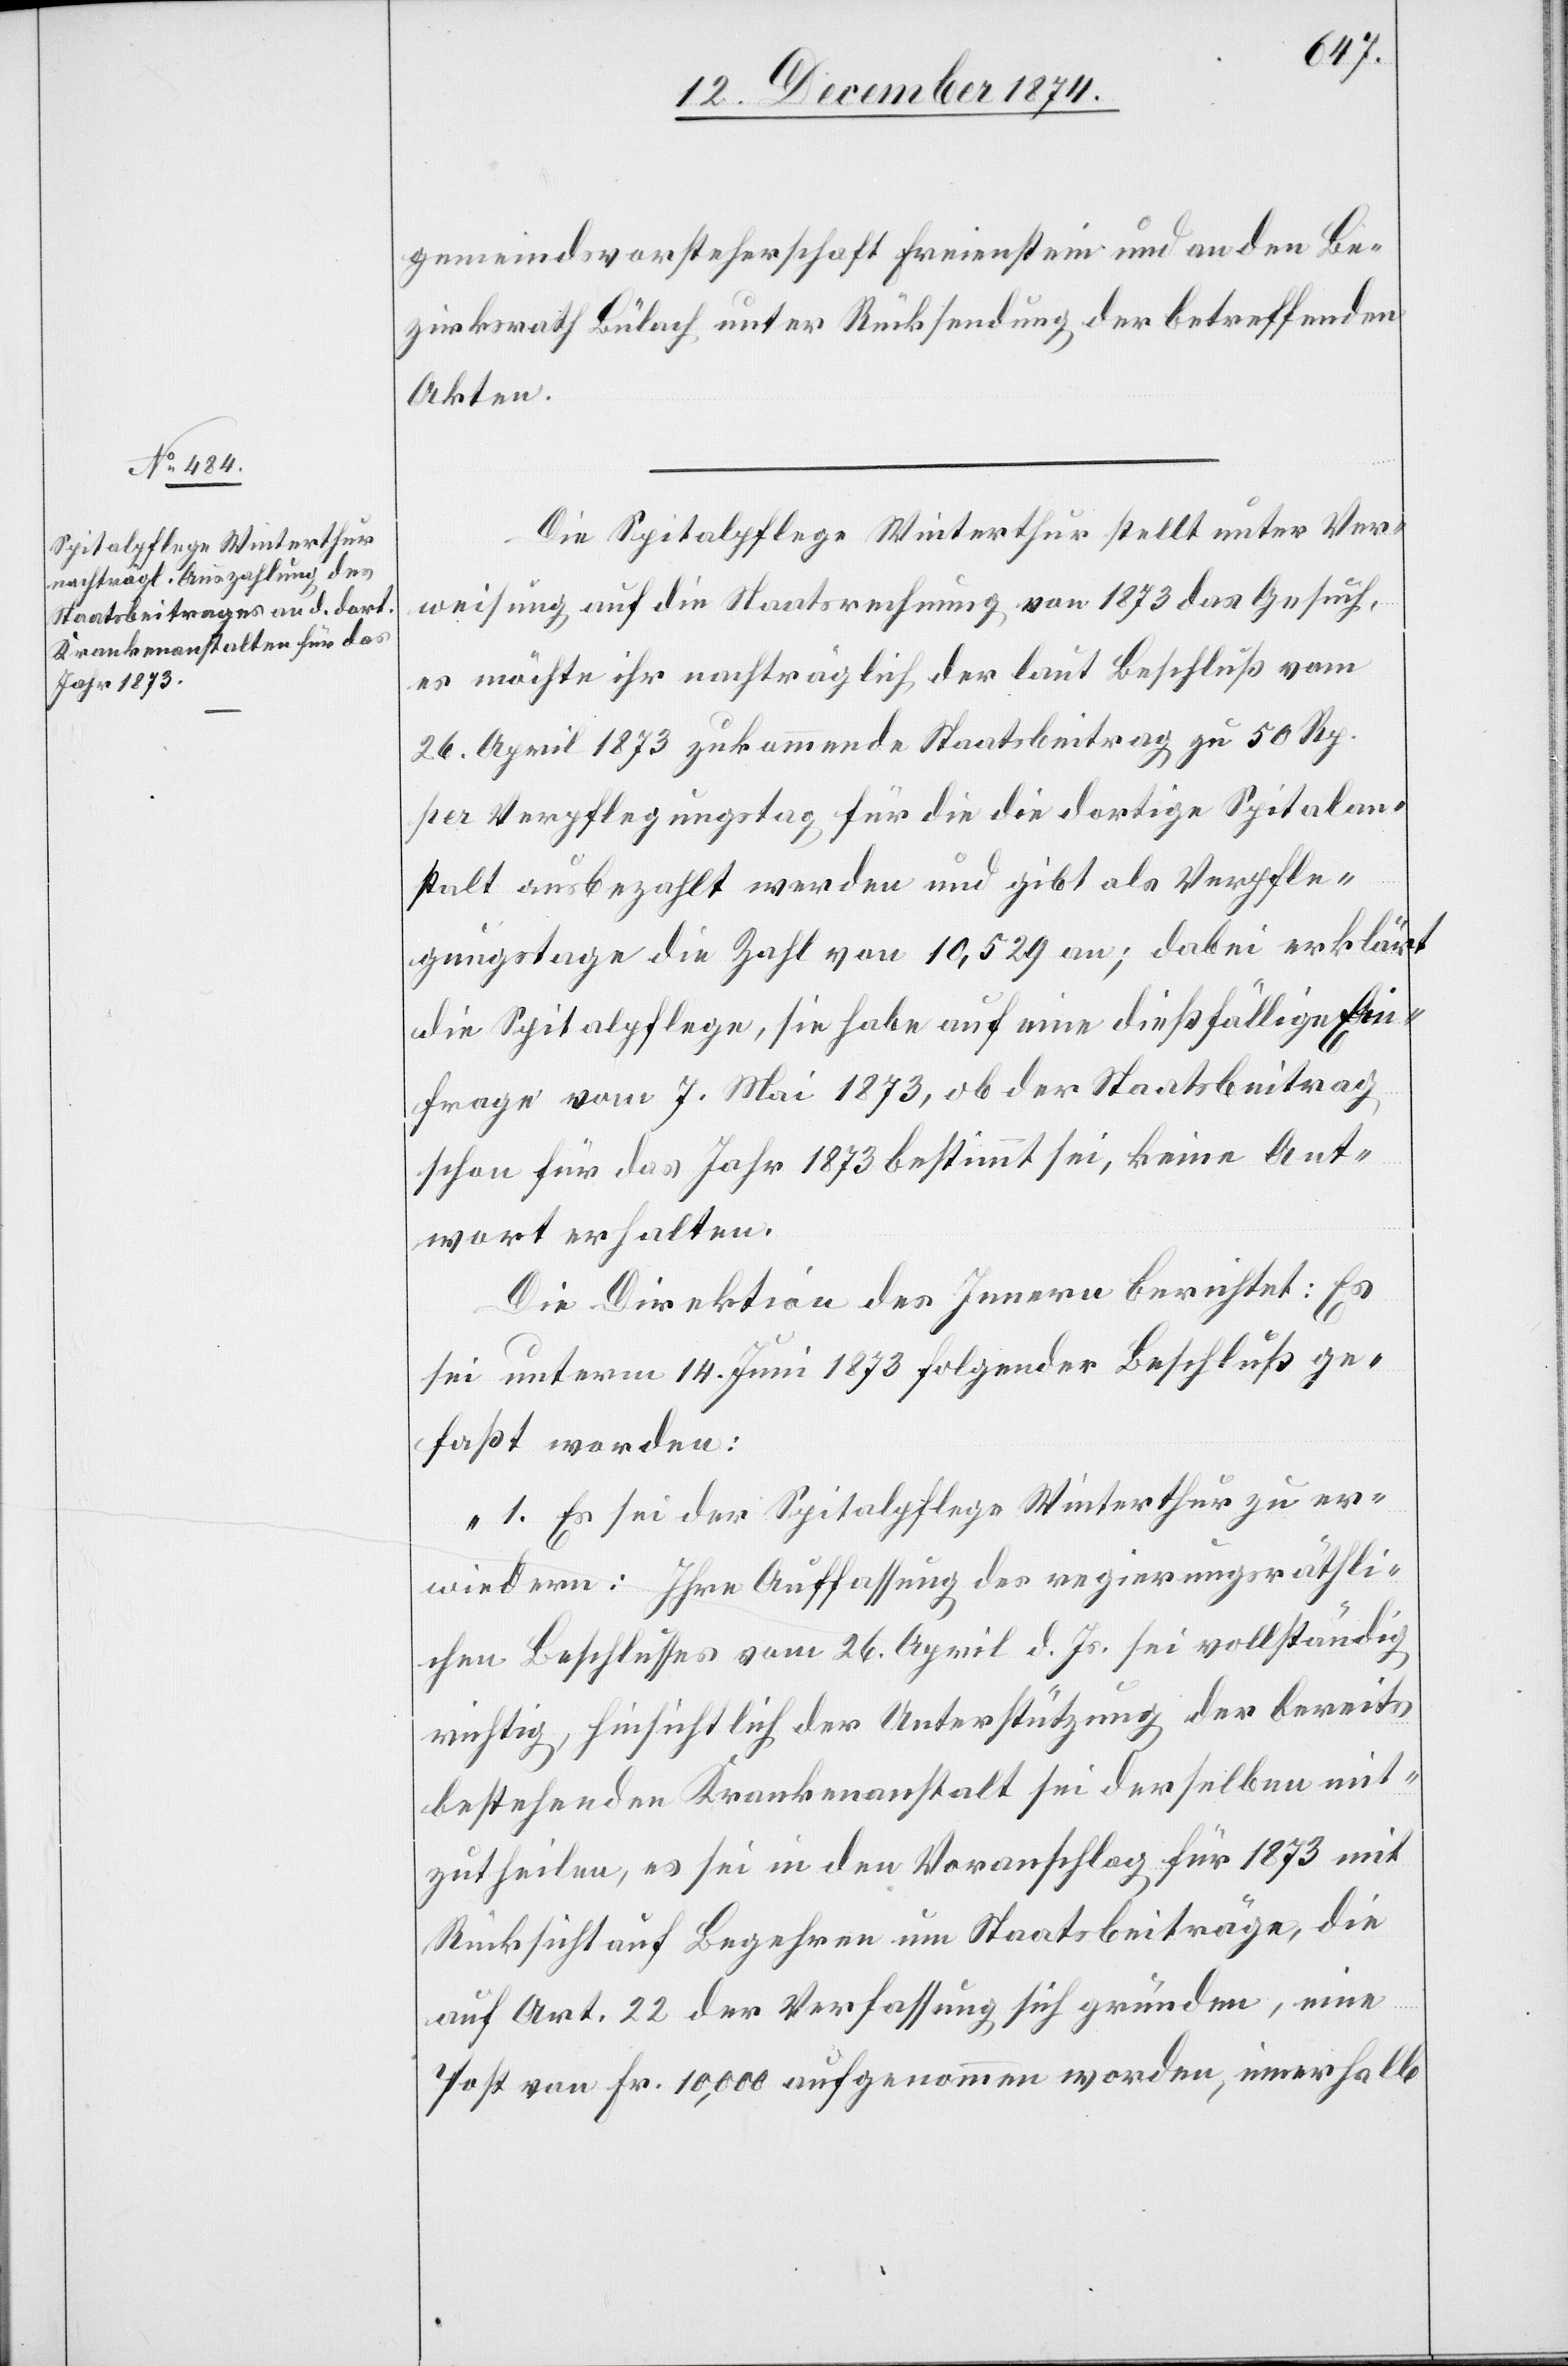
gemeindsvorsteherschaft Freienstein und an den Be¬
zirksrath Bülach unter Rücksendung der betreffenden
Akten.
Die Spitalpflege Winterthur stellt unter Ver¬
weisung auf die Staatsrechnung von 1873 das Gesuch,
es möchte ihr nachträglich der laut Beschluß vom
26. April 1873 zukommende Staatsbeitrag zu 50 Rp.
per Verpflegungstag für die dortige Spitalans¬
talt ausbezahlt werden und gibt als Verpfle¬
gungstage die Zahl von 10,529 an; dabei erklärt
die Spitalpflege, sie habe auf eine dießfällige Ein¬
frage vom 7. Mai 1873, ob der Staatsbeitrag
schon für das Jahr 1873 bestimmt sei, keine Ant¬
wort erhalten.
Die Direktion des Innern berichtet: Es
sei unterm 14. Juni 1873 folgender Beschluß ge¬
faßt worden:
„1. Es sei der Spitalpflege Winterthur zu er¬
wiedern: Ihre Auffassung des regierungsräthli¬
chen Beschlusses vom 26. April d. Js. sei vollständig
richtig, hinsichtlich der Unterstützung der bereits
bestehenden Krankenanstalt sei derselben mit¬
zutheilen, es sei in den Voranschlag für 1873 mit
Rücksicht auf Begehren um Staatsbeiträge, die
auf Art. 22 der Verfassung sich gründen, eine
Post von Fr. 10,000 aufgenommen worden, innerhalb